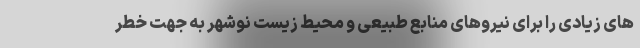
های زیادی را برای نیروهای منابع طبیعی و محیط زیست نوشهر به جهت خطر